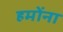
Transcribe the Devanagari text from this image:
हमोंना